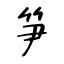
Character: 笋